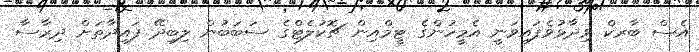
އެސް ބާރކް ވިދާޅުވެފައިވަނީ އެމީހުންގެ ޓީމްއިން ޗޮކުލެޓްގެ ސަބަބުން ލިބިދޭ ފައިދާތަށް ދިރާސާ